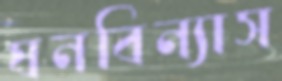
ঘনবিন্যাস